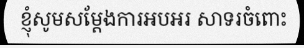
ខ្ញុំសូមសម្តែងការអបអរ សាទរចំពោះ